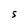
Character: S